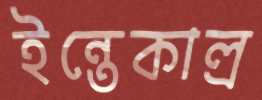
ইন্তেকাল্র